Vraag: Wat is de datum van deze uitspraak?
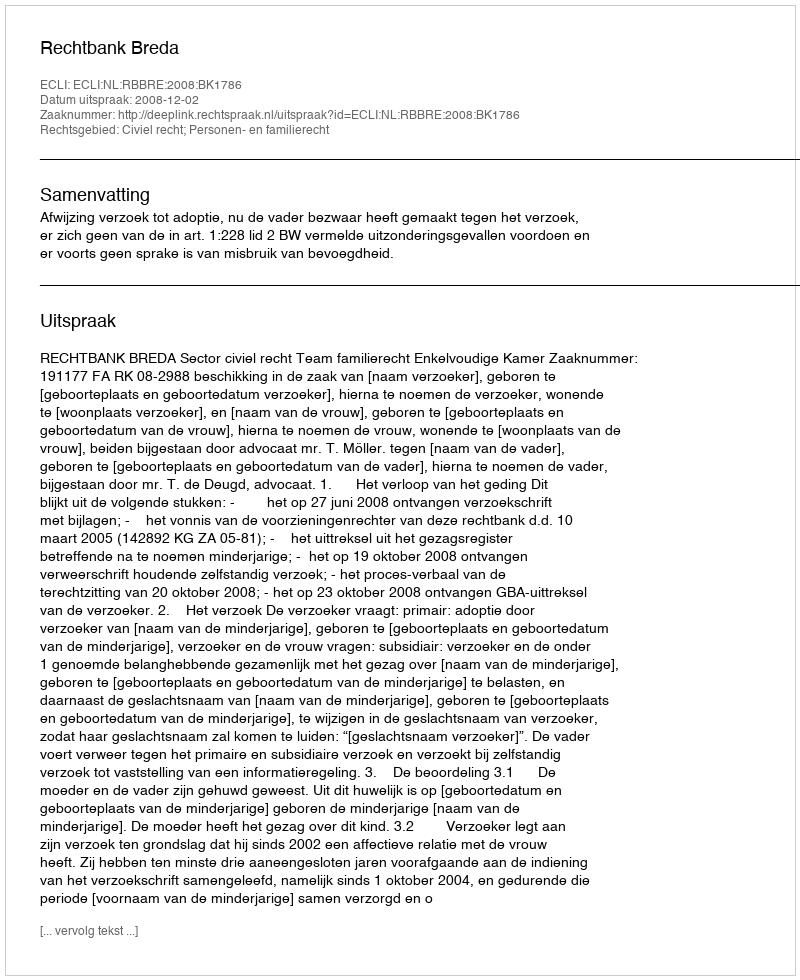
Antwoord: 2008-12-02